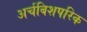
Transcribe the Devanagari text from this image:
अर्चबिशपरिक